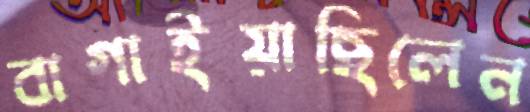
বাগাইয়াছিলেন